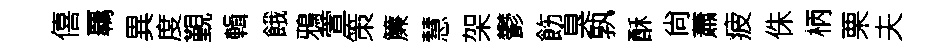
僖覊異度覲輯餓鴉萱策簾慧架鬱飭臭孰酥尙蕭疲侏柄栗夫